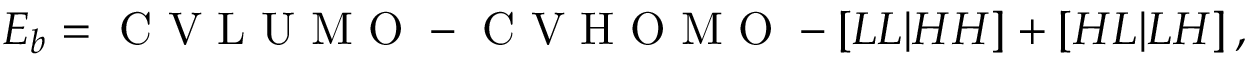
E _ { b } = \mathrm { ~ C ~ V ~ L ~ U ~ M ~ O ~ } - \mathrm { ~ C ~ V ~ H ~ O ~ M ~ O ~ } - [ L L \vert H H ] + [ H L \vert L H ] \, ,